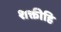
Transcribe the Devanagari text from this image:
शक्तीहि